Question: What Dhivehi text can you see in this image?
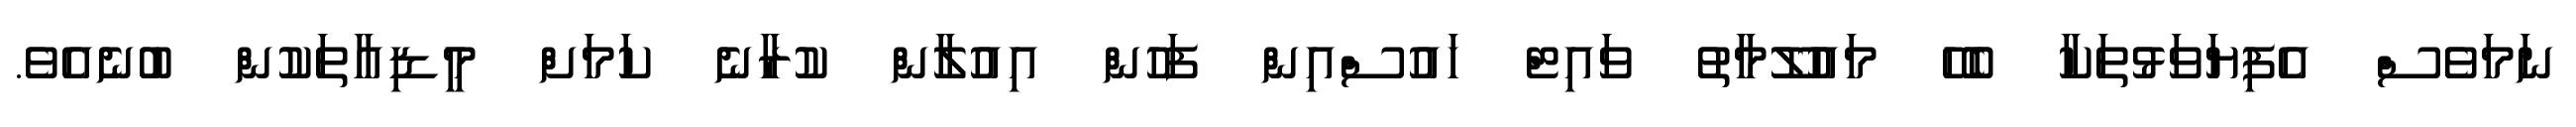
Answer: ނަމަވެސް އެފިޔަވަޅުތަކާ ބެހޭ މައުލޫމާތު ވައިޓް ހައުސްއިން ފަހުން އިއުލާން ކުރާނެ ކަމަށް މީޑިއާތަކުން ބުނެއެވެ.